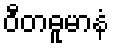
ဝီတဓူမာနံ